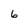
Character: 6